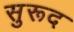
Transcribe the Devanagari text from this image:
सुरूद